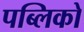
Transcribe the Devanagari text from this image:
पब्लिको